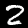
Label: 2